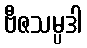
ဗီဇသမ္ပဒါ